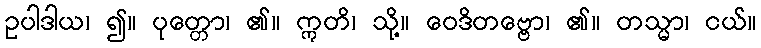
ဥပါဒါယ၊ ၍။ ပုတ္တော၊ ၏။ ဣတိ၊ သို့။ ဝေဒိတဗ္ဗော၊ ၏။ တသ္မာ၊ ငယ်။